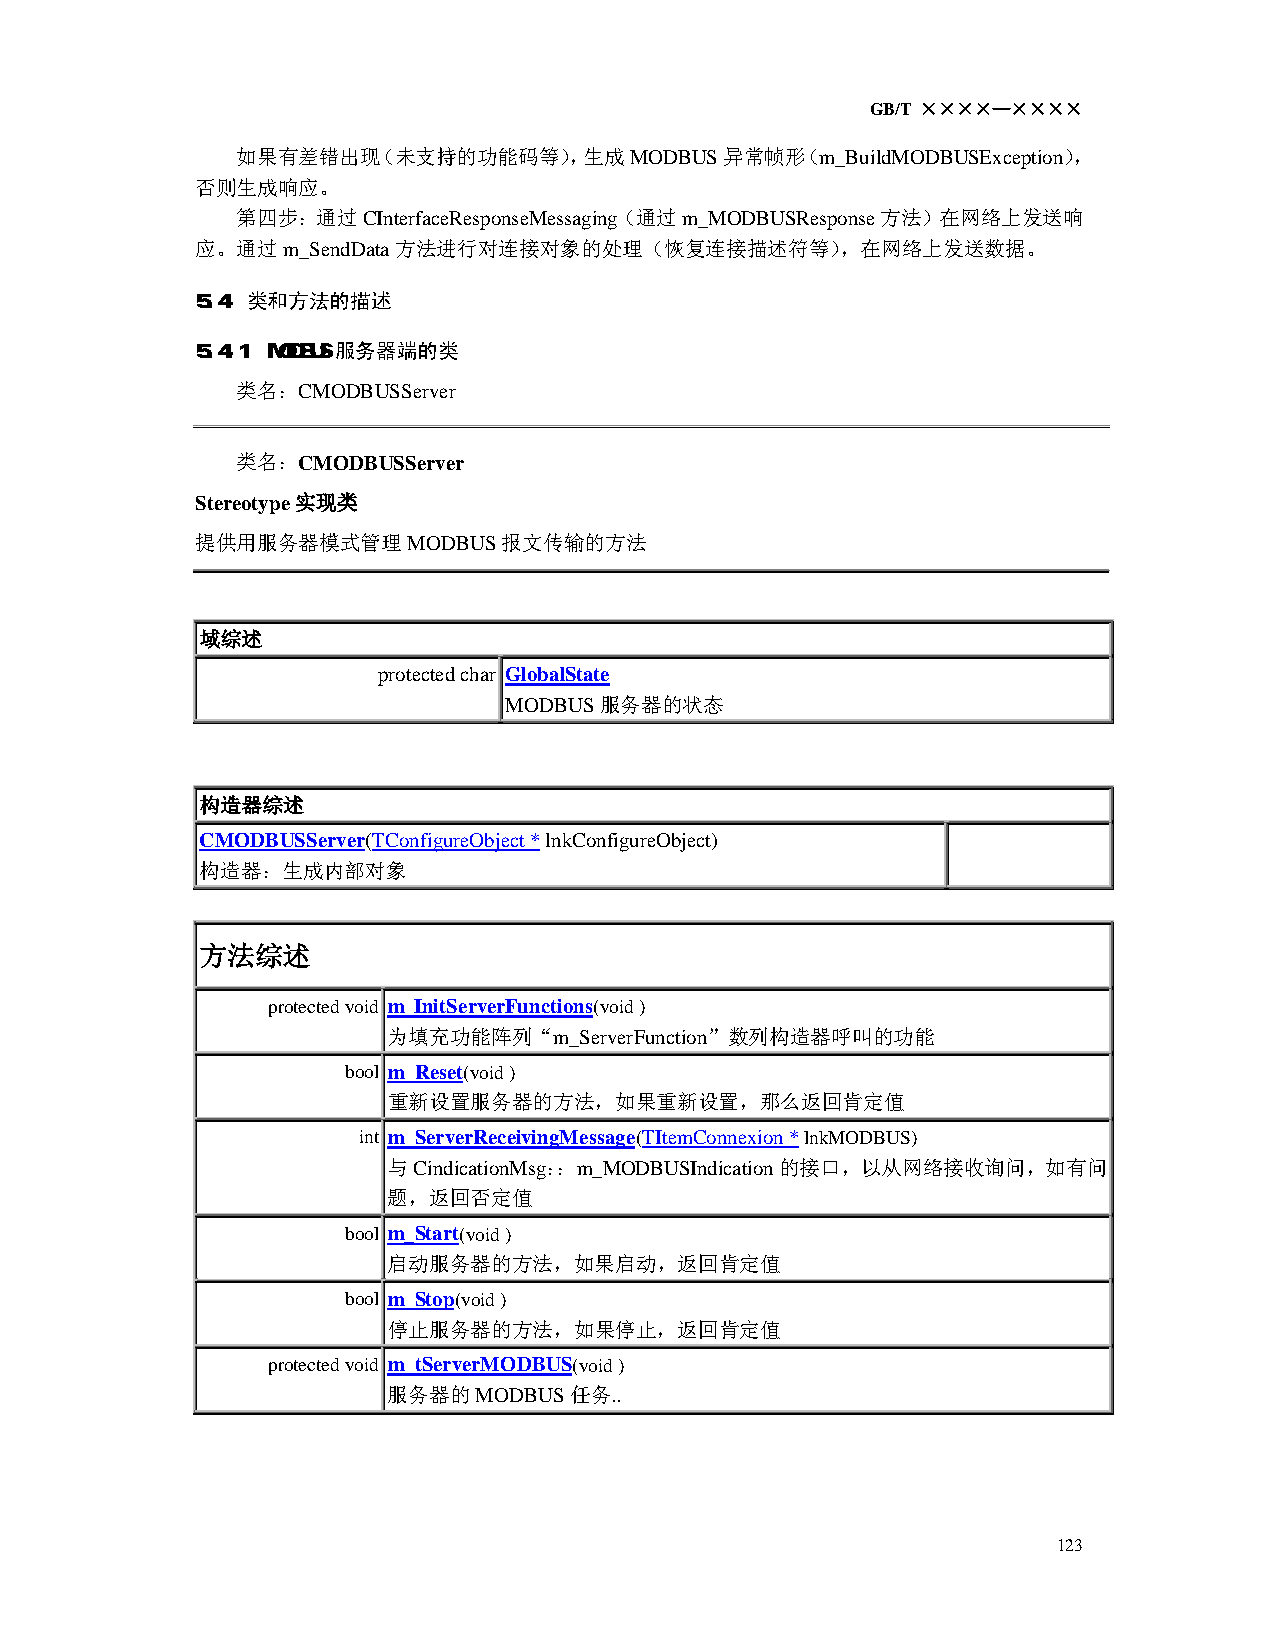
GB/T ××××—××××
 如果有差错出现（未支持的功能码等），生成MODBUS异常帧形（m_BuildMODBUSException），
 否则生成响应。
 第四步：通过CInterfaceResponseMessaging（通过m_MODBUSResponse方法）在网络上发送响
 应。通过m_SendData方法进行对连接对象的处理（恢复连接描述符等），在网络上发送数据。
 5.4 类和方法的描述
 5.4.1 MODBUS服务器端的类
 类名：CMODBUSServer
 类名：CMODBUSServer
 Stereotype实现类
 提供用服务器模式管理MODBUS报文传输的方法
 域综述
 protected char GlobalState
 MODBUS服务器的状态
 构造器综述
 CMODBUSServer(TConfigureObject * lnkConfigureObject)
 构造器：生成内部对象
 方法综述
 protected void m_InitServerFunctions(void )
 为填充功能阵列“m_ServerFunction”数列构造器呼叫的功能
 bool m_Reset(void )
 重新设置服务器的方法，如果重新设置，那么返回肯定值
 int m_ServerReceivingMessage(TItemConnexion * lnkMODBUS)
 与CindicationMsg：：m_MODBUSIndication的接口，以从网络接收询问，如有问
 题，返回否定值
 bool m_Start(void )
 启动服务器的方法，如果启动，返回肯定值
 bool m_Stop(void )
 停止服务器的方法，如果停止，返回肯定值
 protected void m_tServerMODBUS(void )
 服务器的MODBUS任务..
 123